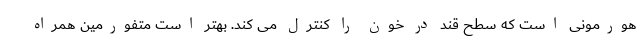
هورمونی است که سطح قند در خون را کنترل می کند. بهتر است متفورمین همراه